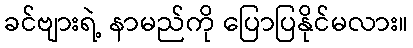
ခင်ဗျားရဲ့ နာမည်ကို ပြောပြနိုင်မလား။